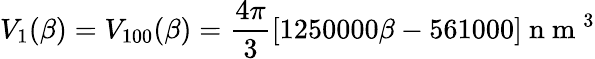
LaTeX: V_{1}(\beta)=V_{100}(\beta)=\frac{4\pi}{3}[1250000\beta-561000]\mathrm{~n~m~}^{3}